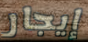
إيجار